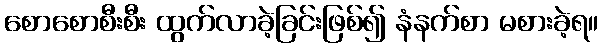
စောစောစီးစီး ထွက်လာခဲ့ခြင်းဖြစ်၍ နံနက်စာ မစားခဲ့ရ။